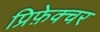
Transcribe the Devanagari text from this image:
प्रिफ़ेक्चर